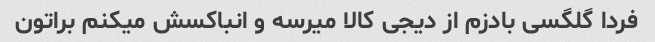
فردا گلگسی بادزم از دیجی کالا میرسه و انباکسش میکنم براتون